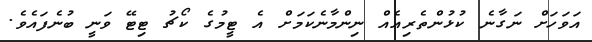
އަވަހަށް ނަގާނެ ކުޅުންތެރިއެއް ނިންމާނެކަމަށް އެ ޓީމުގެ ކޯޗު ޓިޓޭ ވަނީ ބުނެފައެވެ.